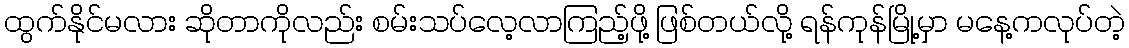
ထွက်နိုင်မလား ဆိုတာကိုလည်း စမ်းသပ်လေ့လာကြည့်ဖို့ ဖြစ်တယ်လို့ ရန်ကုန်မြို့မှာ မနေ့ကလုပ်တဲ့